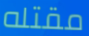
مقتله